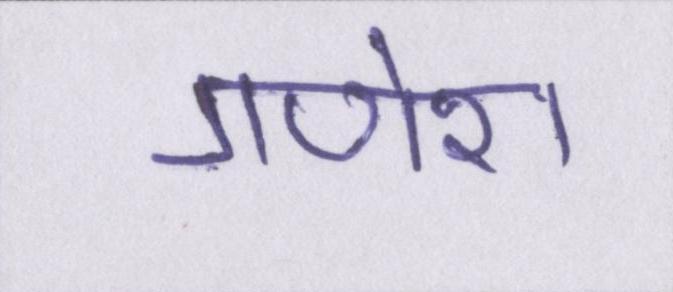
गणेश